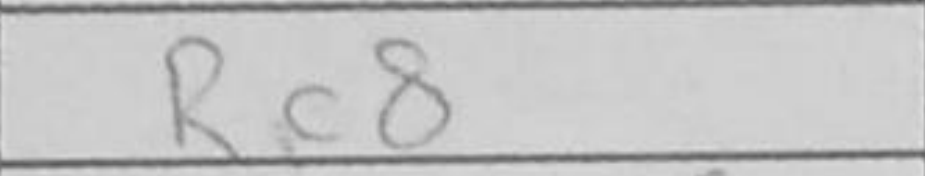
Transcription: Rc8